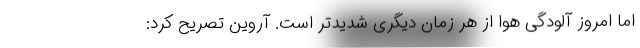
اما امروز آلودگی هوا از هر زمان دیگری شدیدتر است. آروین تصریح کرد: